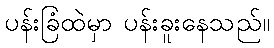
ပန်းခြံထဲမှာ ပန်းခူးနေသည်။